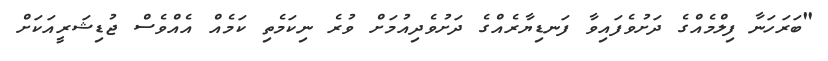
"ބަރަހަނާ ފިލްމެއްގެ ދަށުވެފައިވާ ފަނޑިޔާރެއްގެ ދަށުވެދިއުމަށް ވުރެ ނިކަމެތި ކަމެއް އެއްވެސް ޖުޑިޝަރީއަކަށް